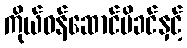
ကိုယ်ဝန်ဆောင်မိခင်နှင့်